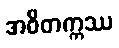
အဝိတက္ကဿ